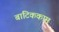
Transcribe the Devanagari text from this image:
बाटिककाम